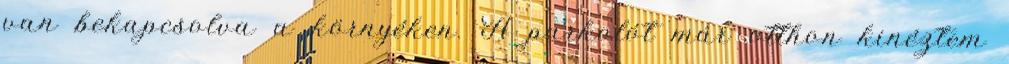
van bekapcsolva a környéken. A parkolót már otthon kinéztem